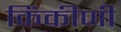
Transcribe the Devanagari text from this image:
किंकीणी